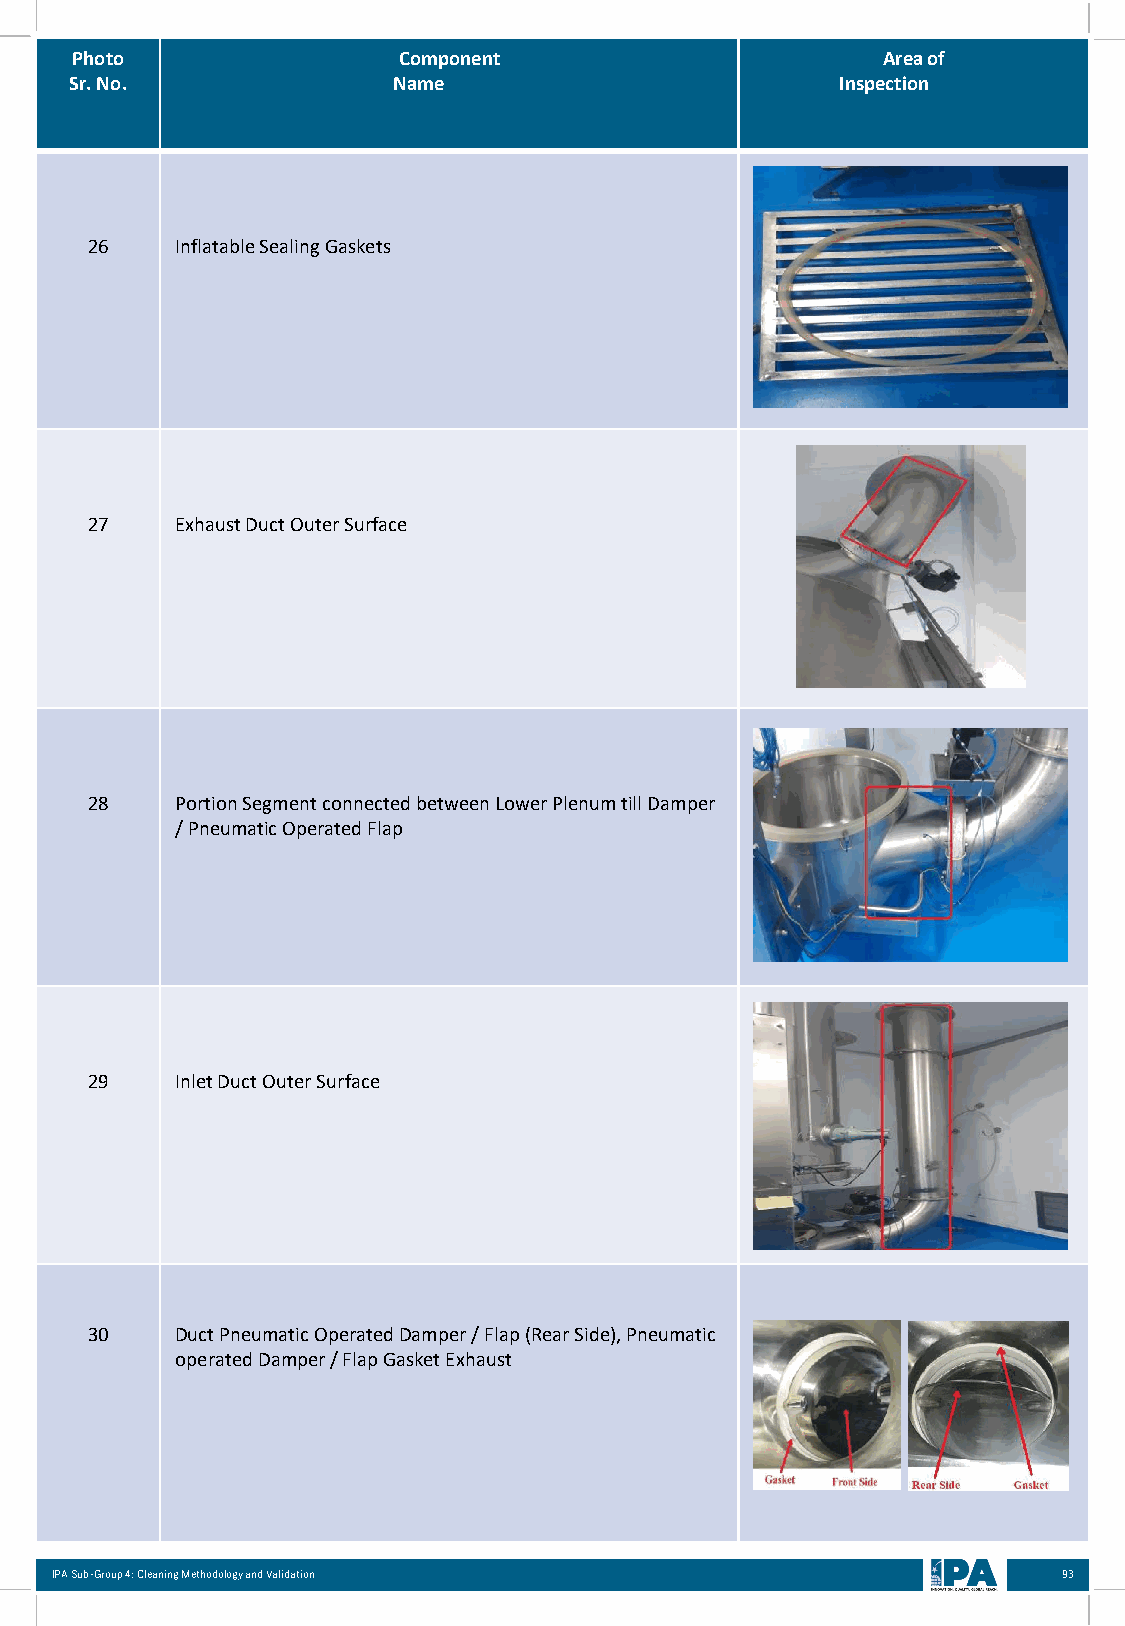
Photo                Component                       Area of
 Sr. No.              Name                          Inspection
 26    Inflatable Sealing Gaskets
 27    Exhaust Duct Outer Surface
 28    Portion Segment connected between Lower Plenum till Damper
 / Pneumatic Operated Flap
 29    Inlet Duct Outer Surface
 30    Duct Pneumatic Operated Damper / Flap (Rear Side), Pneumatic
 operated Damper / Flap Gasket Exhaust
 IPA Sub-Group 4: Cleaning Methodology and Validation               93